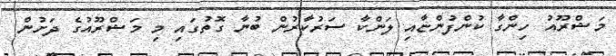
މަޝްރޫއު ހިންގާ ކުންފުންޏާއި ލަންކާ ސަރުކާރުން ބުނާ ގޮތުގައި މި މަޝްރޫއުގެ ދަށުން